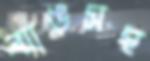
ব্যাঙসহ